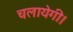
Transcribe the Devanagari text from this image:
चलायेगी।